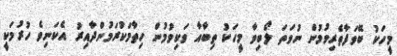
މީހަކު ބޭވަފާތެރިވުމުން ނުވަތަ ލޯބިވާ މީހަކު ތިބާއާ ވަކިވުމުން ހިތާމަކުރަމުންދާއިރު އެކަނިވެ ހުރުމަކީ